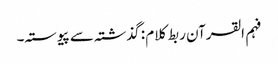
فہم القرآن ربط کلام : گذشتہ سے پیوستہ۔